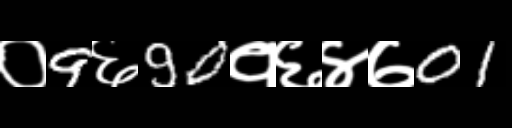
Text: ०9६90१६४७01